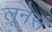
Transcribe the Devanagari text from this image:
लूनेस